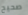
صحيح